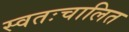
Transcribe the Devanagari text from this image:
स्वतःचालित